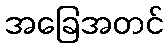
အခြေအတင်